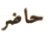
حاضر